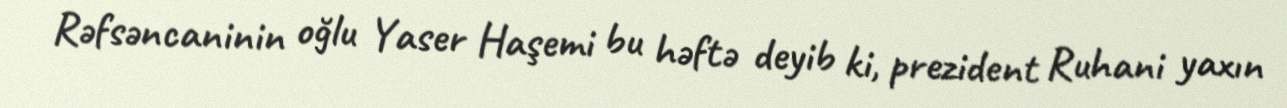
Rəfsəncaninin oğlu Yaser Haşemi bu həftə deyib ki, prezident Ruhani yaxın